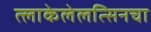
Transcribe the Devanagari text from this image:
त्लाकेलेलत्सिनचा